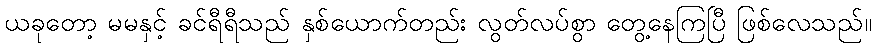
ယခုတော့ မမနှင့် ခင်ရီရီသည် နှစ်ယောက်တည်း လွတ်လပ်စွာ တွေ့နေကြပြီ ဖြစ်လေသည်။